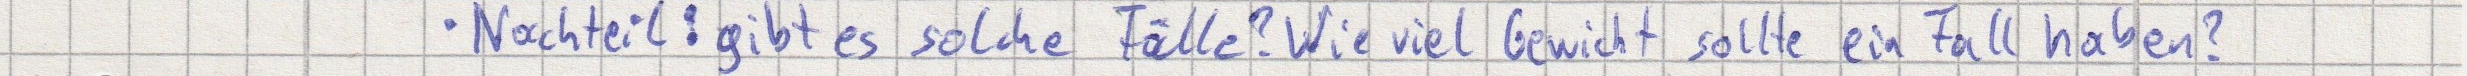
Nachteil: gibt es solche Fälle? Wie viel Gewicht sollte ein Fall haben?